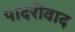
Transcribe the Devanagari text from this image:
पादरीवाद